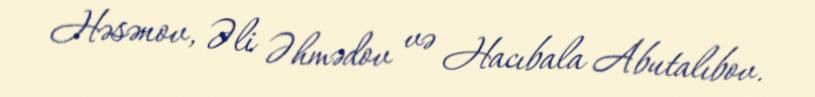
Həsənov, Əli Əhmədov və Hacıbala Abutalıbov.